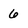
Character: 6